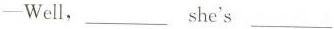
--well,___she's___